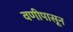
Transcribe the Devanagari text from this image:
वणीपासून